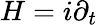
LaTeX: H=i\partial_{t}